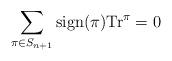
LaTeX: \begin{align*}\sum_{\pi\in S_{n+1}}{\mathrm{sign}}(\pi){\mathrm{Tr}}^{\pi}=0 \end{align*}